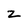
Character: z